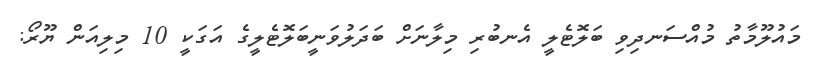
މައުލޫމާތު މުއްސަނދިވި ބަލޮޓެލީ އެނބުރި މިލާނަށް ބަދަލުވަނީބަލޮޓެލީގެ އަގަކީ 10 މިލިއަން ޔޫރޯ: